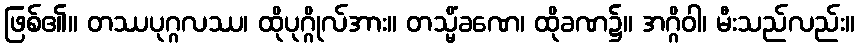
ဖြစ်၏။ တဿပုဂ္ဂလဿ၊ ထိုပုဂ္ဂိုလ်အား။ တသ္မိံခဏေ၊ ထိုခဏ၌။ အဂ္ဂိဝါ၊ မီးသည်လည်း။